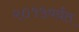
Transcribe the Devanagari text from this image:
२०१५पर्यंत